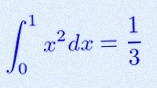
\int_0^1 x^2dx=\frac13